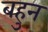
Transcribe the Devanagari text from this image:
बहुन